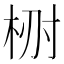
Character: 𣑗